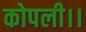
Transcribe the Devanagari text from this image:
कोपली।।